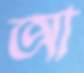
আ